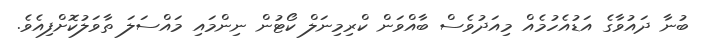
ބުނާ ދައުވާގެ އަޑުއެހުމެއް މިއަދުވެސް ބާއްވަން ކްރިމިނަލް ކޯޓުން ނިންމައި މައްސަލަ ތާވަލުކޮށްފިއެވެ.